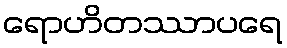
ရောဟိတဿာပရေ